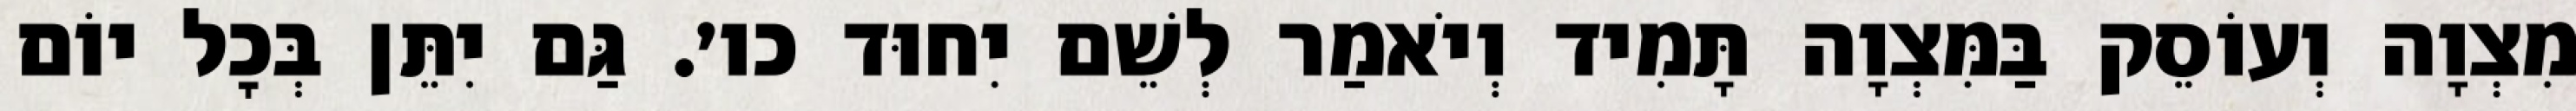
מִצְוָה וְעוֹסֵק בַּמִּצְוָה תָּמִיד וְיֹאמַר לְשֵׁם יִחוּד כו׳. גַּם יִתֵּן בְּכׇל יוֹם